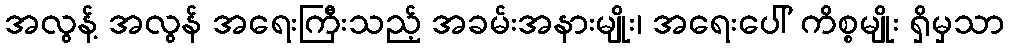
အလွန့် အလွန် အရေးကြီးသည့် အခမ်းအနားမျိုး၊ အရေးပေါ် ကိစ္စမျိုး ရှိမှသာ